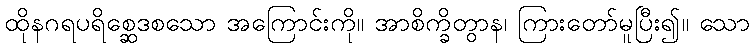
ထိုနဂရပရိစ္ဆေဒစသော အကြောင်းကို။ အာစိက္ခိတွာန၊ ကြားတော်မူပြီး၍။ သော